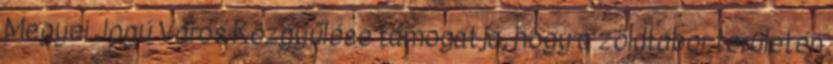
Megyei Jogú Város Közgyűlése támogatja, hogy a zöldtábor területén